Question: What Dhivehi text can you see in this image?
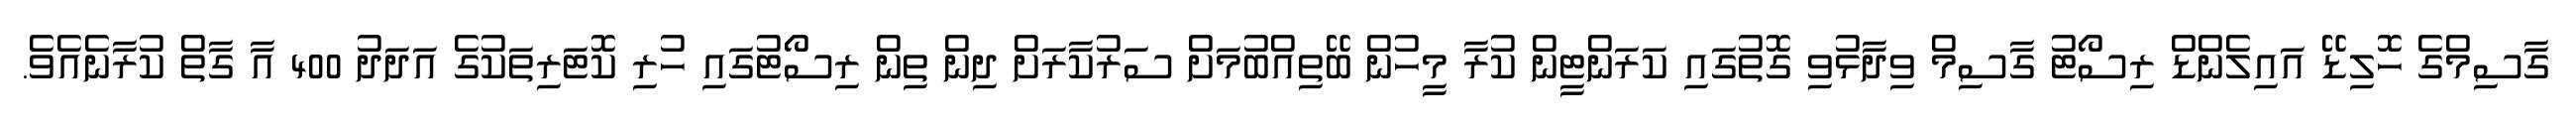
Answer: ގާސިމްގެ ހޮލިޑޭ އައިލެންޑް ރިސޯޓު ގާސިމް ވިދާޅުވި ގޮތުގައި ކަރަންޓީން ކުރާ މީހުން ބޭތިއްބުމަށް ސަރުކާރަށް ދިން ތިން ރިސޯޓުގައި ހުރި ކޮޓަރިތަކުގެ އަދަދު 400 އާ ގާތް ކުރާނެއެވެ.